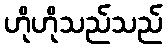
ဟိုဟိုသည်သည်